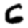
Digit: 6